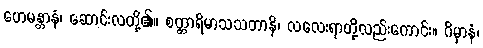
ဟေမန္တာနံ၊ ဆောင်းလတို့၏။ စတ္တာရိမာသသတာနိ၊ လလေးရာတို့လည်းကောင်း။ ဂိမှာနံ၊